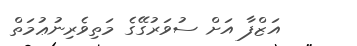
އަޒްފާ އަށް ސުވަރުގޭގެ މަތިވެރިނުޢުމަތް